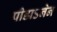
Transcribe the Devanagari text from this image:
पीडाऽनेन